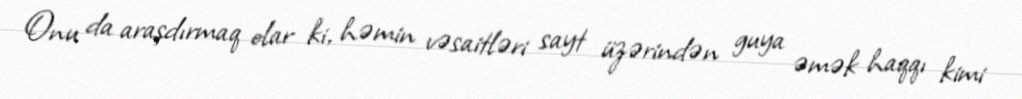
Onu da araşdırmaq olar ki, həmin vəsaitləri sayt üzərindən guya əmək haqqı kimi